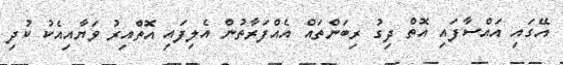
އޭގައި އައްސާފައި އޮތް ދިގު ރިބަންތައް އެއްފަރާތުން އެލިފައި އޮތްއިރު ވަޔާއިއެކު ކުދި